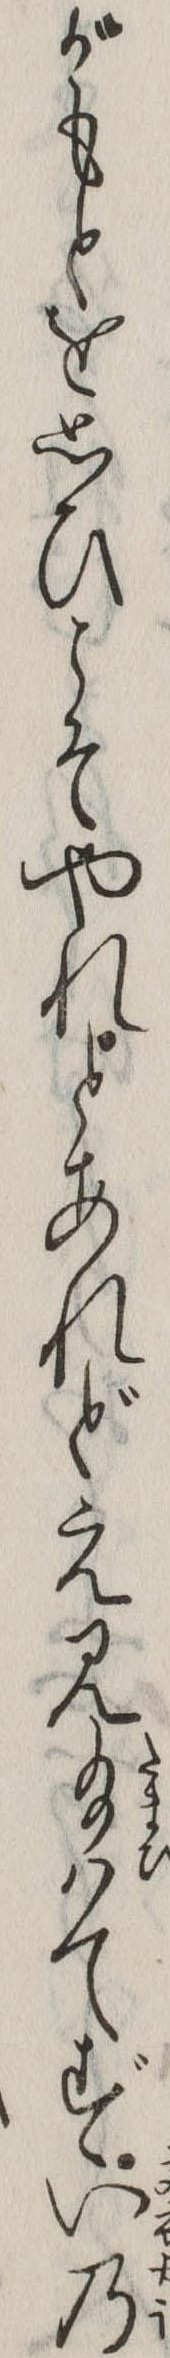
がもとを思ひこそやれとあれどえ見給はてずいの